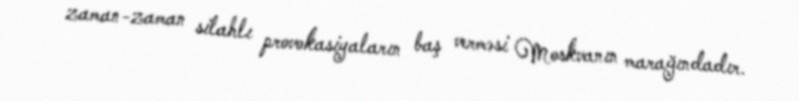
zaman-zaman silahlı provokasiyaların baş verməsi Moskvanın marağındadır.